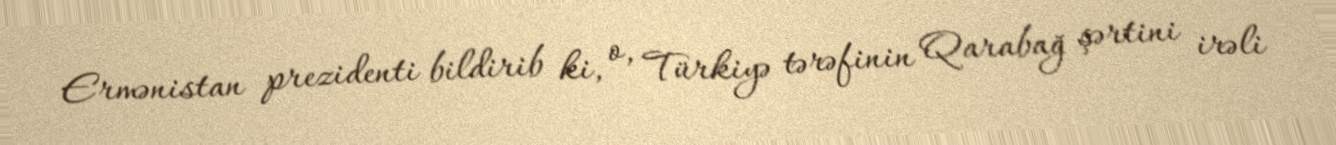
Ermənistan prezidenti bildirib ki, o, Türkiyə tərəfinin Qarabağ şərtini irəli